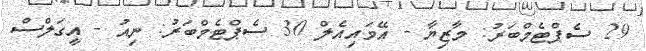
29 ސެޕްޓެމްބަރު: މާޒިޔާ - އޭވައިއެލް 30 ސެޕްޓެމްބަރު: ނިއު - އީގަލްސް